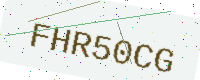
Text: FHR50CG